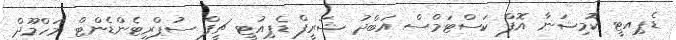
ޑެޕިއޓީ ކޮމިޝަނާ އޮފް ކަސްޓަމްސް އަބްދު ޝަރީފް ޑެޕިއުޓީ ޗީފް ސުޕްރިޓެންޑެންޓް މަހްމޫދް